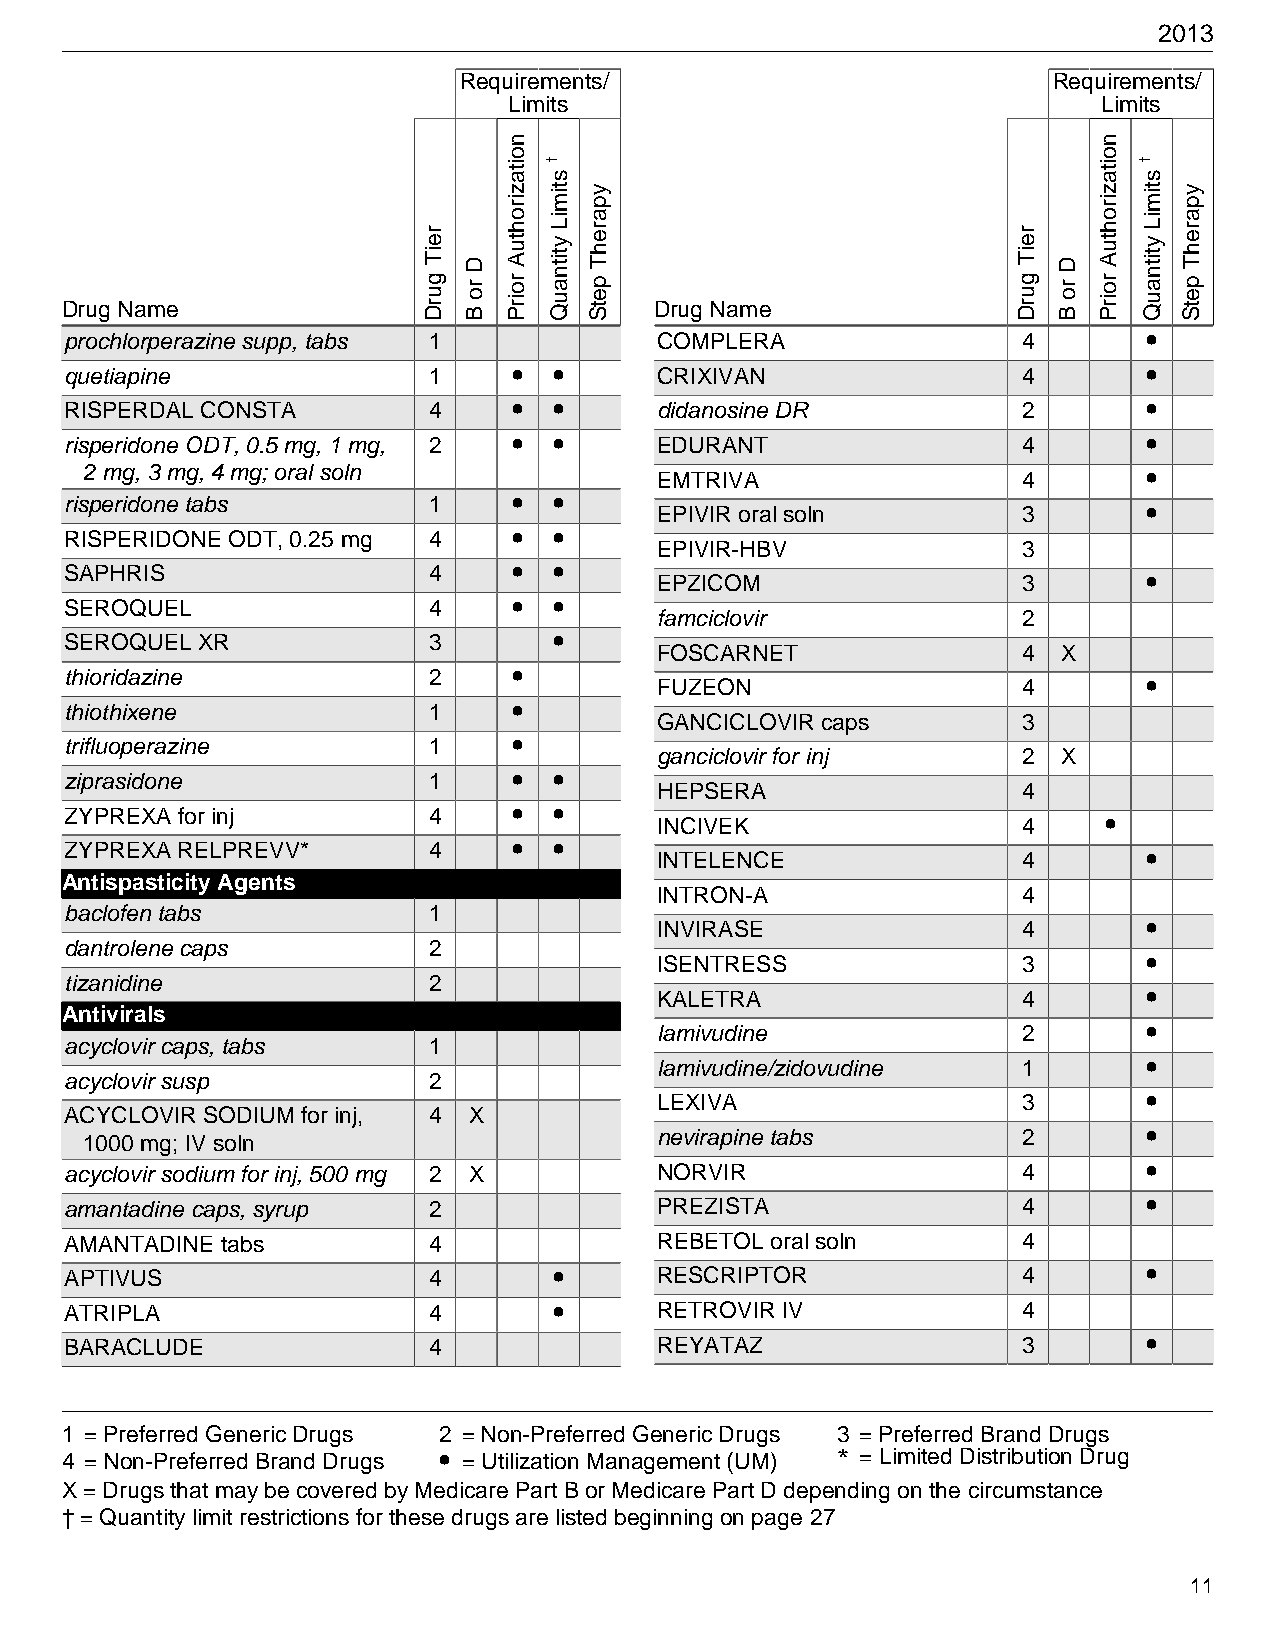
2013
 Requirements/                           Requirements/
 Limits                                 Limits
 Drug Name                              Drug Name
 prochlorperazine supp, tabs 1           COMPLERA                4       •
 quetiapine              1     •  •      CRIXIVAN                4       •
 RISPERDAL CONSTA        4     •  •      didanosine DR           2       •
 risperidone ODT, 0.5 mg, 1 mg, 2 • •    EDURANT                 4       •
 2 mg, 3 mg, 4 mg; oral soln           EMTRIVA                 4       •
 risperidone tabs        1     •  •      EPIVIR oral soln        3       •
 RISPERIDONE ODT, 0.25 mg 4    •  •
 EPIVIR-HBV              3
 SAPHRIS                 4     •  •      EPZICOM                 3       •
 SEROQUEL                4     •  •
 famciclovir             2
 SEROQUEL XR             3        •
 FOSCARNET               4 X
 thioridazine            2     •         FUZEON                  4       •
 thiothixene             1     •
 GANCICLOVIR caps        3
 trifluoperazine         1     •
 ganciclovir for inj     2 X
 ziprasidone             1     •  •
 HEPSERA                 4
 ZYPREXA for inj         4     •  •      INCIVEK                 4    •
 ZYPREXA RELPREVV*       4     •  •      INTELENCE               4       •
 Antispasticity Agents
 INTRON-A                4
 baclofen tabs           1
 INVIRASE                4       •
 dantrolene caps         2
 ISENTRESS               3       •
 tizanidine              2
 KALETRA                 4       •
 Antivirals
 lamivudine              2       •
 acyclovir caps, tabs    1
 lamivudine/zidovudine   1       •
 acyclovir susp          2
 LEXIVA                  3       •
 ACYCLOVIR SODIUM for inj, 4 X
 1000 mg; IV soln                      nevirapine tabs         2       •
 acyclovir sodium for inj, 500 mg 2 X    NORVIR                  4       •
 amantadine caps, syrup  2               PREZISTA                4       •
 AMANTADINE tabs         4               REBETOL oral soln       4
 APTIVUS                 4        •      RESCRIPTOR              4       •
 ATRIPLA                 4        •      RETROVIR IV             4
 BARACLUDE               4               REYATAZ                 3       •
 1 = Preferred Generic Drugs 2 = Non-Preferred Generic Drugs 3 = Preferred Brand Drugs
 4 = Non-Preferred Brand Drugs • = Utilization Management (UM) * = Limited Distribution Drug
 X = Drugs that may be covered by Medicare Part B or Medicare Part D depending on the circumstance
 † = Quantity limit restrictions for these drugs are listed beginning on page 27
 11
 reiT
 gurD
 D
 ro
 B
 noitazirohtuA
 roirP
 †
 stimiL
 ytitnauQ
 yparehT
 petS
 reiT
 gurD
 D
 ro
 B
 noitazirohtuA
 roirP
 †
 stimiL
 ytitnauQ
 yparehT
 petS